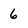
Character: 6